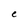
Character: e